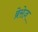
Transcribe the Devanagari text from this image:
ब्रेसेज़